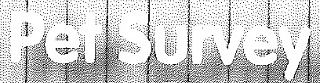
Pet Survey